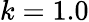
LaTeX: k=1.0